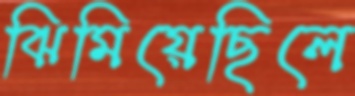
ঝিমিয়েছিলে